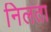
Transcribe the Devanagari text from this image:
निलता